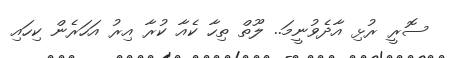
ސޮރީ ރުޅި އާދެވުނީމަ.. ލޫތް ތިހާ ކެއާ ކުރާ އިރު އަހަރެން ކިހައި